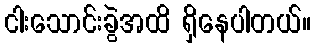
ငါးသောင်းခွဲအထိ ရှိနေပါတယ်။